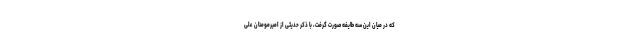
که در میان این سه طایفه صورت گرفت، با ذکر حدیثی از امیرمومنان علی